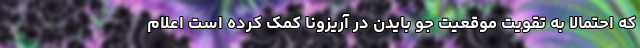
که احتمالا به تقویت موقعیت جو بایدن در آریزونا کمک کرده است اعلام